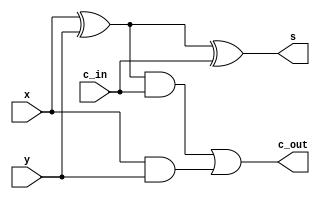
// ------------------------- 
// Exemplo0021 - 4bit FULL ADDER 
// Nome: Bruno Cezar Andrade Viallet 
// ------------------------- 

// ------------------------- 
// nbit adder 
// ------------------------- 
module FullAdder(s, c_out, x, y, c_in);
  output s, c_out;
  input x, y, c_in;
  wire a, b, c;
// descrever por portas 
  xor (a, x, y);
  xor (s, a, c_in);   
  and (b, x, y);
  and (c, a, c_in);
  or (c_out, c, b);
endmodule //FullAdder

// ------------------------- 
// 4bit full adder 
// ------------------------- 
module FourBitFullAdder(s, c_out, x, y, c_in);
  output [3:0] s;
  output c_out;
  input  [3:0] x, y;
  input c_in;
  wire c1, c2, c3;
  // descrever por portas 
  FullAdder FA0(s[0], c1, x[0], y[0], c_in);
  FullAdder FA1(s[1], c2, x[1], y[1], c1);
  FullAdder FA2(s[2], c3, x[2], y[2], c2);
  FullAdder FA3(s[3], c_out, x[3], y[3], c3);
endmodule //FourbitFullAdder

module test_fullAdder; 
// ------------------------- definir dados 
reg [3:0] x; 
reg [3:0] y; 
reg carry; 
wire [3:0] soma;
wire c_out; 

FourBitFullAdder FBFA1(soma, c_out, x, y, carry);
// ------------------------- parte principal 
  initial
  begin
  $display("Exemplo0021 - Bruno Cezar Andrade Viallet - 396679"); 
  $display("Test ALU's full adder"); 
  // projetar testes do somador complete 
  $monitor($time," x= %b y=%b c_in= %b /// carry out= %b soma= %b\n",x, y, carry,c_out,soma);
  end
  
  // Entradas
  initial
  begin
  x = 4'd2;y = 4'd4; carry = 1'b0;


  #5 x = 4'd2;y = 4'd4;
  #5 x = 4'd6;y = 4'd8;
  #5 x = 4'd1;y = 4'd3;
  #5 x = 4'd5;y = 4'd7;
  #5 x = 4'd10;y = 4'd5;carry = 1'b1;


  end
endmodule // test_fullAdder